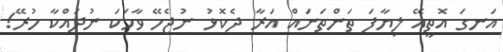
އަނގަ އޮތީއޭ ލިޔާފަ ތަންތަނައް އަރާ ދެކޮޅު ނުޖެހޭ ވާހަކަ ނުދައްކާ ހުރޭ!